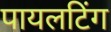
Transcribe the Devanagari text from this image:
पायलटिंग